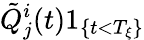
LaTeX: \tilde{Q}_{j}^{i}(t)1_{\{ t<T_{\xi}\} }